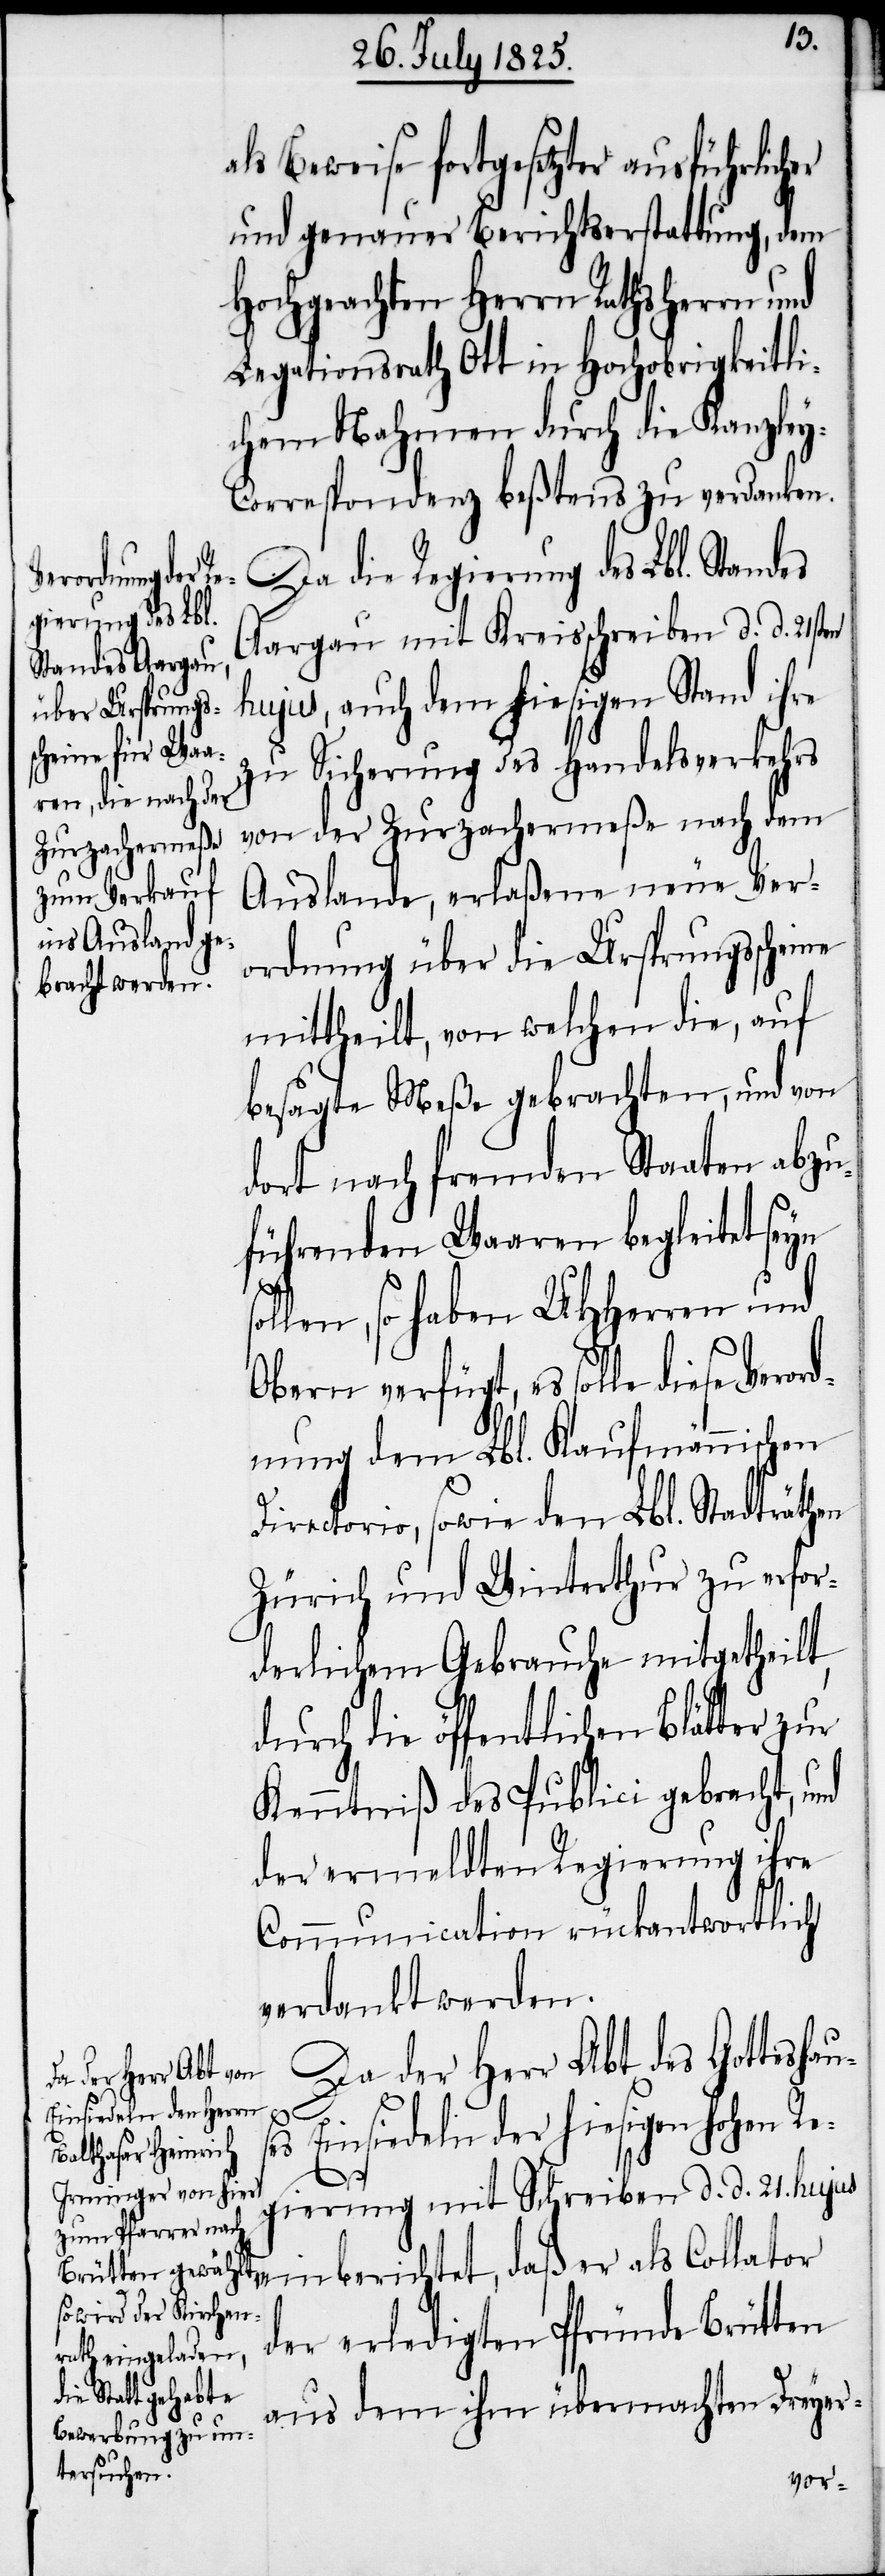
als Beweise fortgesetzter ausführlicher
und genaues Berichtserstattung, dem
Hochgeachten Herrn Rathsherrn und
Legationsrath Ott in Hochobrigkeitli¬
chem Nahmen durch die Kanzle¬
y-Correspondenz beßtens zu verdanken.
Da die Regierung des Lbl. Stan¬
Aargau mit Kreisschreiben d. d. 21sten
hujus, auch dem hiesigen Stand ihre
zu Sicherung des Handelsverkehrs
von der Zurzachermeße nach dem
Auslande, erlaßene neue Ver¬
ordnung über die Ursprungsscheine
mittheilt, von welchen die, auf
besagte Meße gebrachten, und von
dort nach fremden Staaten abzu¬
führenden Waaren begleitet seyn
ollen, so haben UHHerren und
Obern verfügt, es solle diese
dnung dem Lbl. Kaufmännischen
Directorio, sowie den Lbl. Stadträthen
Zürich und Winterthur zu erfor¬
derlichem Gebrauche mitgetheilt,
durch die öffentlichen Blätter zur
Kenntniß des Publici gebracht, und
der ermeldten Regierung ihre
Communication rückantwortlich
verdankt werden.
Da der Herr Abt des Gotteshau¬
s¬
es Einsiedeln der hiesigen hohen Re¬
gierung mit Schreiben d. d. 21. hujus
einberichtet, daß er als Collator
der erledigten Pfründe Brütten
aus dem ihm übermachten Dreyer-
Veror¬